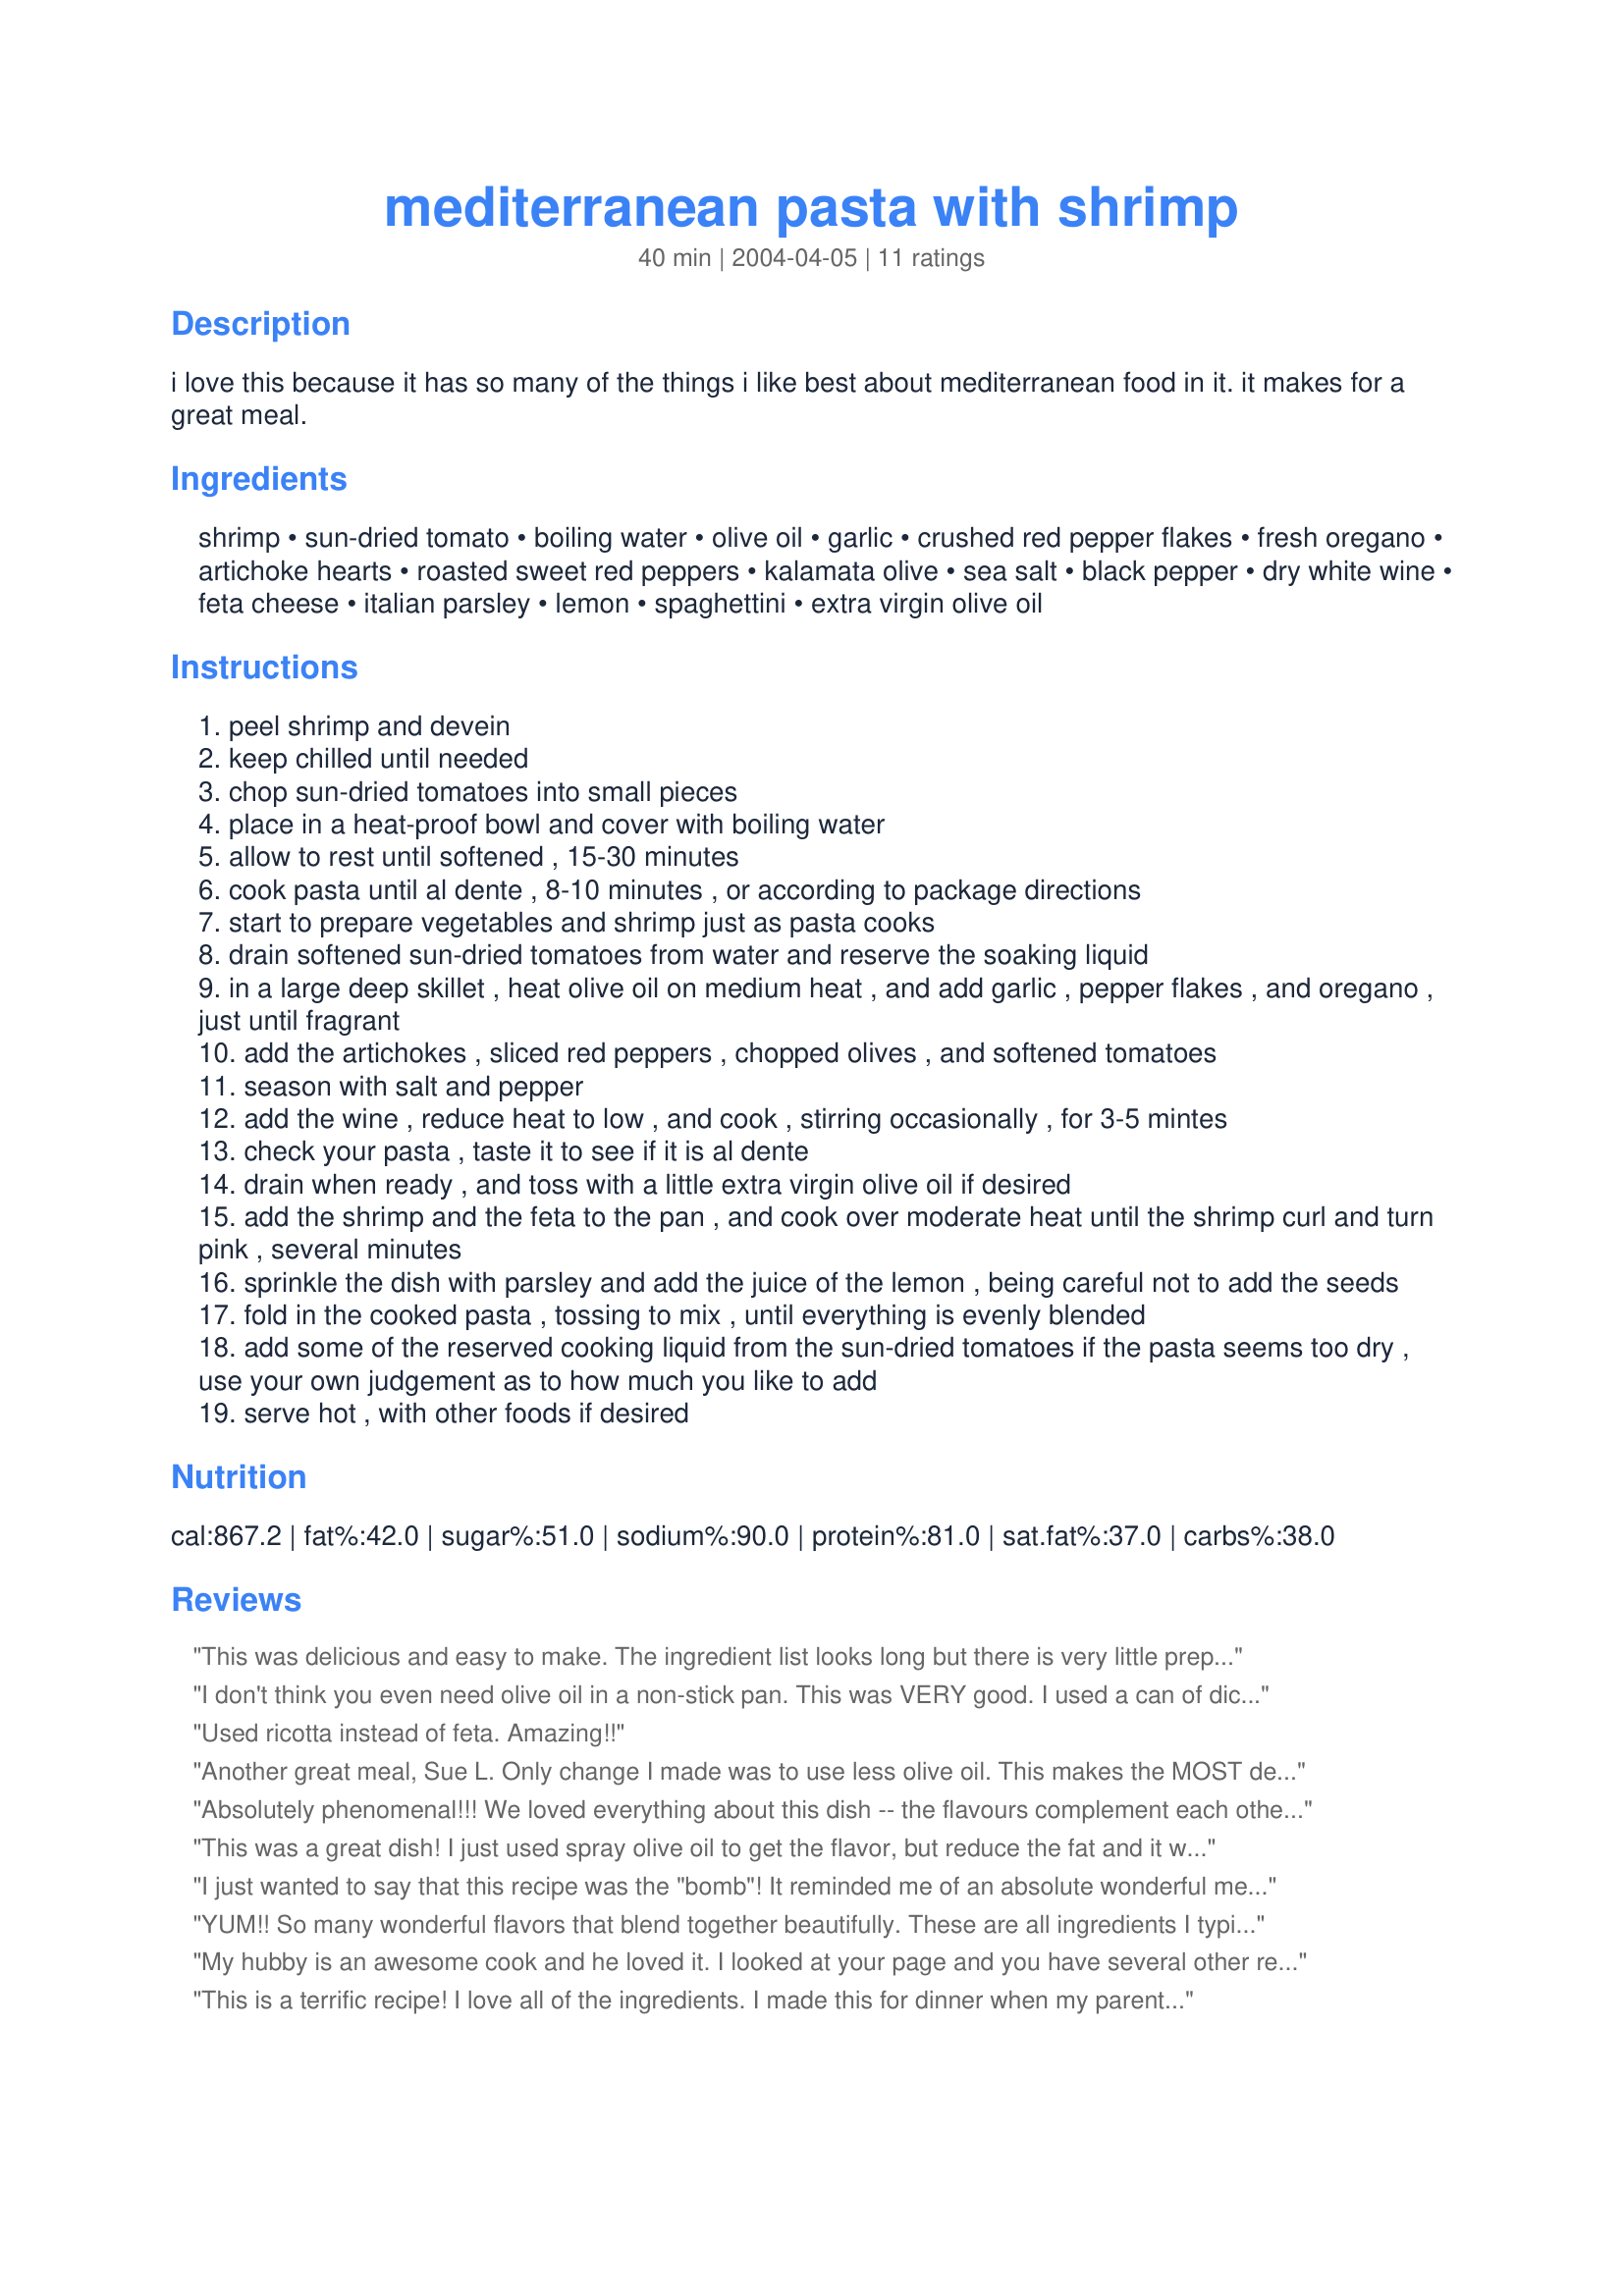
mediterranean pasta with shrimp
Preparation time: 40 minutes

i love this because it has so many of the things i like best about mediterranean food in it. it makes for a great meal.

Ingredients:
shrimp, sun-dried tomato, boiling water, olive oil, garlic, crushed red pepper flakes, fresh oregano, artichoke hearts, roasted sweet red peppers, kalamata olive, sea salt, black pepper, dry white wine, feta cheese, italian parsley, lemon, spaghettini, extra virgin olive oil

Steps:
peel shrimp and devein
keep chilled until needed
chop sun-dried tomatoes into small pieces
place in a heat-proof bowl and cover with boiling water
allow to rest until softened , 15-30 minutes
cook pasta until al dente , 8-10 minutes , or according to package directions
start to prepare vegetables and shrimp just as pasta cooks
drain softened sun-dried tomatoes from water and reserve the soaking liquid
in a large deep skillet , heat olive oil on medium heat , and add garlic , pepper flakes , and oregano , just until fragrant
add the artichokes , sliced red peppers , chopped olives , and softened tomatoes
season with salt and pepper
add the wine , reduce heat to low , and cook , stirring occasionally , for 3-5 mintes
check your pasta , taste it to see if it is al dente
drain when ready , and toss with a little extra virgin olive oil if desired
add the shrimp and the feta to the pan , and cook over moderate heat until the shrimp curl and turn pink , several minutes
sprinkle the dish with parsley and add the juice of the lemon , being careful not to add the seeds
fold in the cooked pasta , tossing to mix , until everything is evenly blended
add some of the reserved cooking liquid from the sun-dried tomatoes if the pasta seems too dry , use your own judgement as to how much you like to add
serve hot , with other foods if desired

Reviews:
This was delicious and easy to make. The ingredient list looks long but there is very little prep work. The artichokes, olives, tomatoes and red pepper all come out of jars and cans. I prepped most of it ahead of time and added the shrimp and pasta at the end. I also added 10oz bag of chopped spinach which I thawed and squeezed all the moisture out of. Easy peezy and company worthy.
I don't think you even need olive oil in a non-stick pan. This was VERY good. I used a can of diced tomatoes instead of the dried and no pepper flakes. I also added a can of portobello mushrooms. I will be making this again soon.
Used ricotta instead of feta. Amazing!!
Another great meal, Sue L. Only change I made was to use less olive oil. This makes the MOST delectable sauce, truly outstanding. This is much easier to make than the length of the ingredients list might imply. Give it a try. You'll be glad you did.
Absolutely phenomenal!!! We loved everything about this dish -- the flavours complement each other so well, and are an absolute delight to the tastebuds. All of us were "mmmm-ing" all dinner. We want to have this every week! It looks beautiful as well. 
 The only changes we made were to use sun-dried tomatoes in oil, as that is what we had on hand, and also didn't even throw in the feta because we didn't have it. I am sure it would be even more phenomenal with!
 Thank you for a marvelous recipe that we are going to be making as often as we can! Delicious!
This was a great dish! I just used spray olive oil to get the flavor, but reduce the fat and it was superb. I added the water from the sun-dried tomatoes and it gave it a more complex flavor that I liked. The olives can dominate this dish if you're not expecting it. I halved the quantity and still tasted them throughout.
I just wanted to say that this recipe was the "bomb"! It reminded me of an absolute wonderful meal that I had in a restaraunt in Burlington, NC called "Side Tracks". The only change that I made to the recipe is that I had added a bit more white wine. I like my pastas a bit wet and other than that is was excellent. Sue, this was a first class meal worthy of restaraunt notoriety (did I spell that right?). Nonetheless, thank you, we will be enjoying it again.
YUM!! So many wonderful flavors that blend together beautifully. These are all ingredients I typically have on hand, so all the better! I used light feta and doubled the red pepper since we like spicy stuff. I will make this often.
My hubby is an awesome cook and he loved it. I looked at your page and you have several other recipes I want to try!!
This is a terrific recipe! I love all of the ingredients. I made this for dinner when my parents were visiting. Everyone liked it very much and there was not much leftover. Will defiantly make again. Thanks for sharing!
My husband and I really enjoyed this recipe! I also added a few scallops as well. Thanks for sharing!
